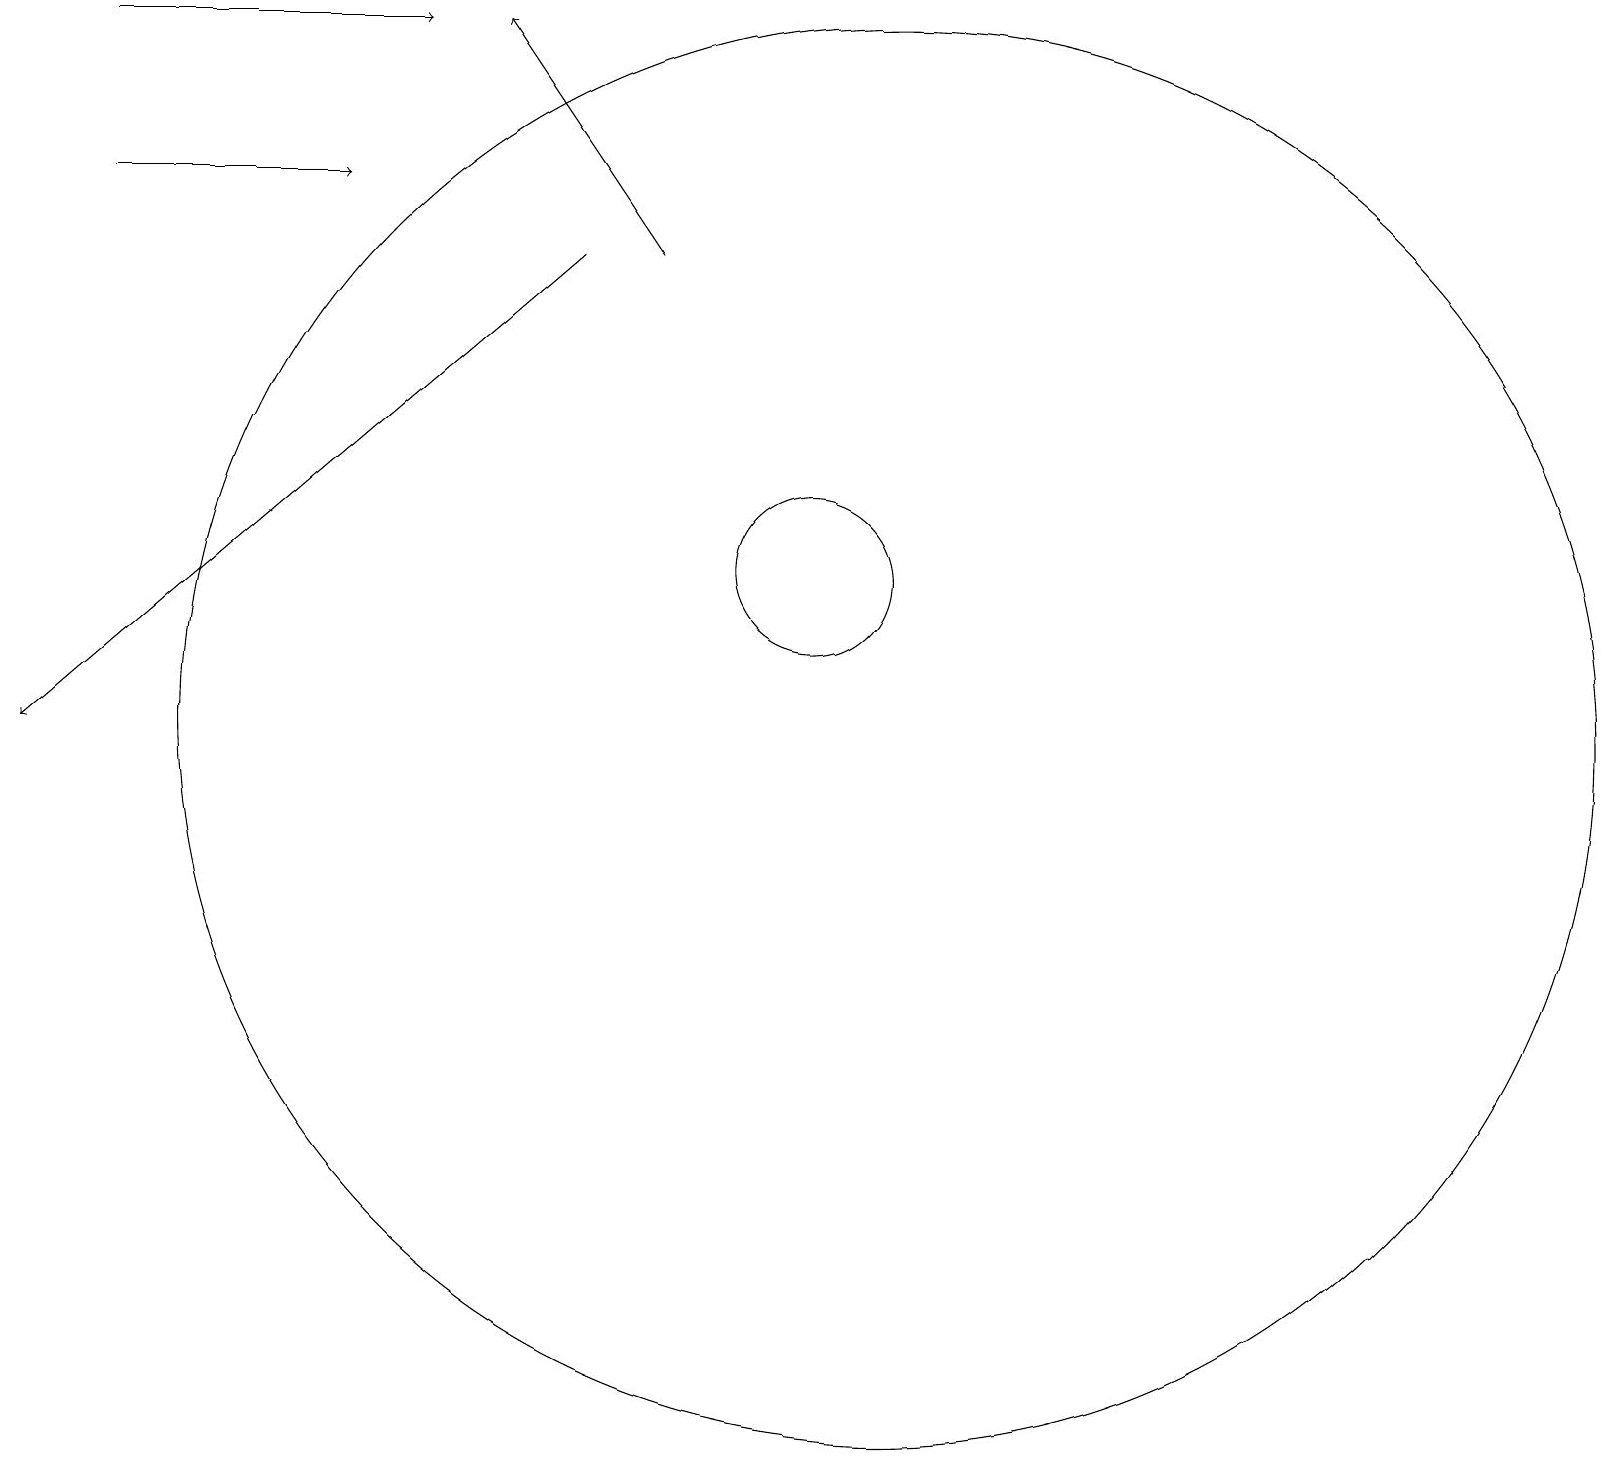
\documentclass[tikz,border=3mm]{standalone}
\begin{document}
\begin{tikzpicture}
\draw (12,10) circle (9);
\draw (11,12) circle (1);
\draw[->] (9,16) -- (7,19);
\draw[->] (8,16) -- (1,10);
\draw[->] (2,17) -- (5,17);
\draw[->] (2,19) -- (6,19);
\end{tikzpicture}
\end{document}